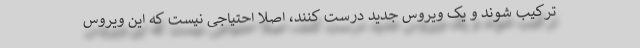
ترکیب شوند و یک ویروس جدید درست کنند، اصلا احتیاجی نیست که این ویروس